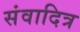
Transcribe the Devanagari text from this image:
संवादित्र